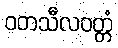
ဝတသီလဝတ္တံ